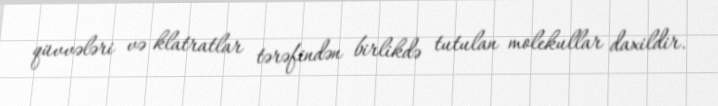
qüvvələri və klatratlar tərəfindən birlikdə tutulan molekullar daxildir.